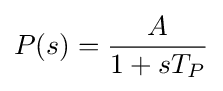
P(s)={\frac {A}{1+sT_{P}}}